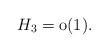
LaTeX: \begin{align*} H_3=\mathrm{o}(1).\end{align*}